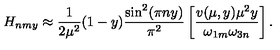
H _ { n m y } \approx \frac { 1 } { 2 \mu ^ { 2 } } ( 1 - y ) \frac { \sin ^ { 2 } ( \pi n y ) } { \pi ^ { 2 } } \left[ \frac { v ( \mu , y ) \mu ^ { 2 } y } { \omega _ { 1 m } \omega _ { 3 n } } \right] .